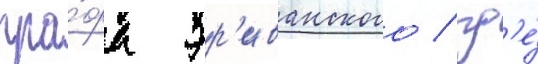
гра́фа эр'иванского / гд'е́